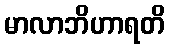
မာလာဘိဟာရတိ